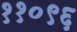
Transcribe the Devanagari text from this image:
११०९६